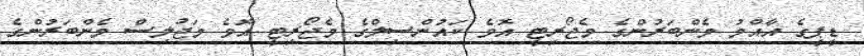
ޑީޕީގެ އާއްމު މެންބަރުންގެ މެޖޯރިޓީ އޮވެ ކައުންސިލްގެ މެޖޯރިޓީ އޮވެ މަޖުލިސް މެންބަރުންގެ